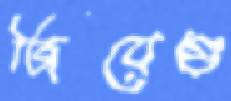
জিয়েগু